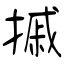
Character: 摵